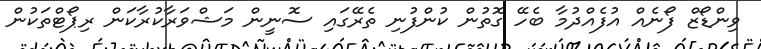
ވިންޑޯޒް ފޯނެއް އުފެއްދުމާ ބެހޭ ގޮތުން ކުންފުނި ތެރޭގައި ސޮނީން މަޝްވަރާކުރާކަން ރިޕޯޓްތަކުން